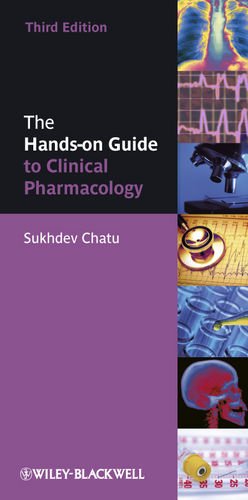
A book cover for The Hands-on Guide to Clinical Pharmacology; Sukhdev Chatu; Medical Books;